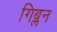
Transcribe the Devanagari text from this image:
गिब्लन